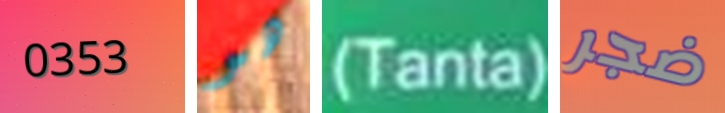
0353 هو (Tanta) ضجر